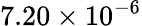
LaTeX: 7.20\times 10^{-6}